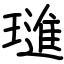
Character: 璡